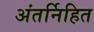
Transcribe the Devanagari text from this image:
अंतर्निहित